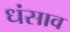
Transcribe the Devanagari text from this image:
धंसाव